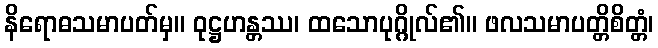
နိရောဓသမာပတ်မှ။ ဝုဋ္ဌဟန္တဿ၊ ထသောပုဂ္ဂိုလ်၏။ ဖလသမာပတ္တိစိတ္တံ၊